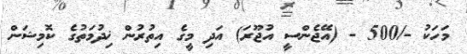
މަހަކު -/500 - (އޭޖެންސީ އުޖޫރަ) އަދި މީގެ އިތުރުން ޚިދުމަތުގެ ކޮމިޝަން